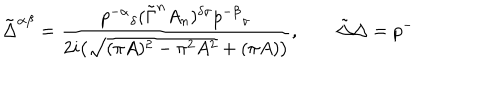
LaTeX: \tilde { \Delta } ^ { \alpha \beta } = \frac { p ^ { - \alpha } { } _ { \delta } ( \tilde { \Gamma } ^ { n } A _ { n } ) ^ { \delta \sigma } p ^ { - \beta } { } _ { \sigma } } { 2 i \big ( \sqrt { ( \pi A ) ^ { 2 } - \pi ^ { 2 } A ^ { 2 } } + ( \pi A ) \big ) } , \qquad \tilde { \Delta } \Delta = p ^ { - }